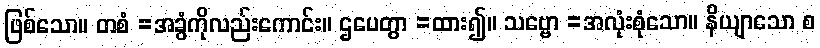
ဖြစ်သော။ တစံ =အခွံကိုလည်းကောင်း။ ဌပေတွာ =ထား၍။ သဗ္ဗော =အလုံးစုံသော။ နိယျာသော စ